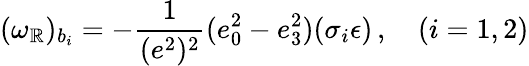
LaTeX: (\omega_{\mathbb{R}})_{b_{i}}=-\frac{1}{{(e^{2})^{2}}}(e_{0}^{2}-e_{3}^{2})(\sigma_{i}\epsilon)\, ,\quad(i=1,2)